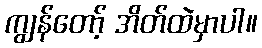
ကျွန်တော့် အိတ်ထဲမှာပါ။